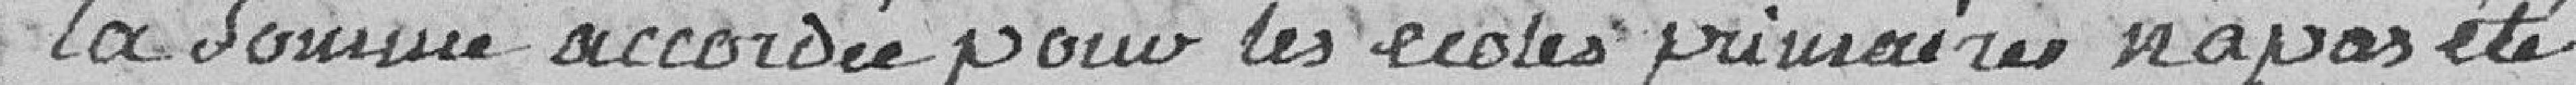
La somme accordée pour les écoles primaires n'a pas été